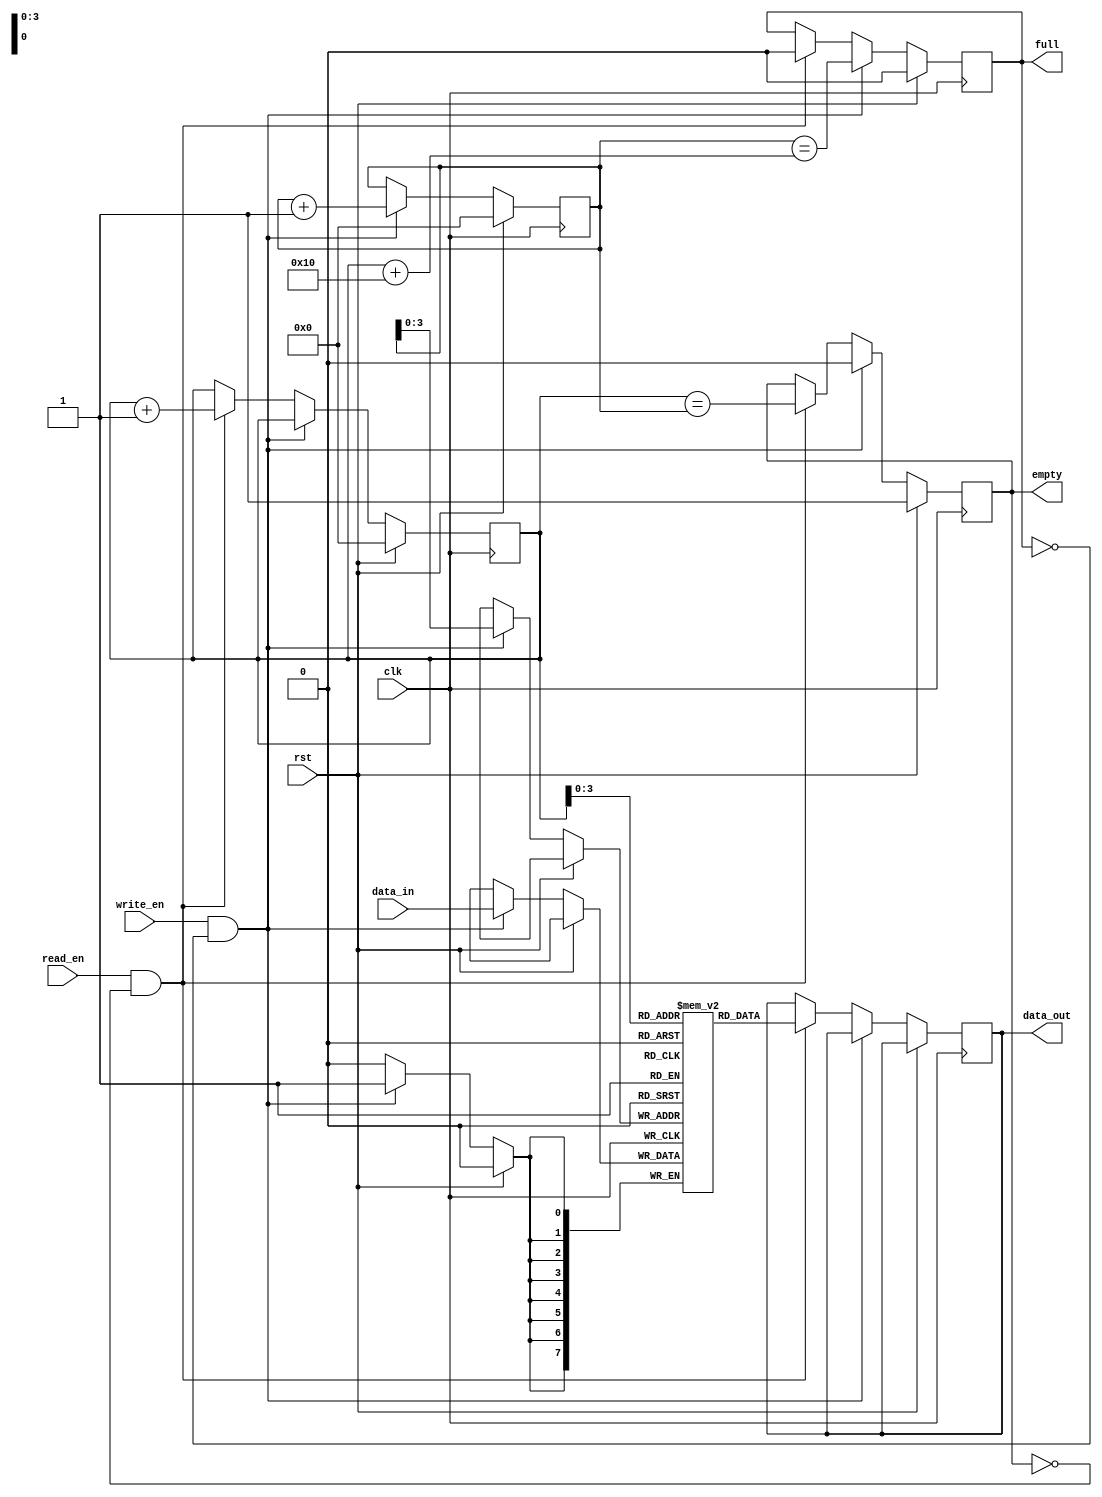
module sync_fifo (
  input wire clk,
  input wire rst,
  input wire write_en,
  input wire read_en,
  input wire [DATA_WIDTH-1:0] data_in,
  output reg [DATA_WIDTH-1:0] data_out,
  output reg full,
  output reg empty
);

parameter DEPTH = 16;
parameter DATA_WIDTH = 8;

reg [DATA_WIDTH-1:0] fifo[0:DEPTH-1];
reg [DEPTH-1:0] write_ptr;
reg [DEPTH-1:0] read_ptr;

always @(posedge clk) begin
  if(rst) begin
    write_ptr <= 0;
    read_ptr <= 0;
    full <= 0;
    empty <= 1;
  end else if(write_en && !full) begin
    fifo[write_ptr] <= data_in;
    write_ptr <= write_ptr + 1;
    full <= (write_ptr == (read_ptr + DEPTH));
    empty <= 0;
  end else if(read_en && !empty) begin
    data_out <= fifo[read_ptr];
    read_ptr <= read_ptr + 1;
    full <= 0;
    empty <= (read_ptr == write_ptr);
  end
end

endmodule